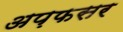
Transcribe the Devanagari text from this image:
अप़फसर